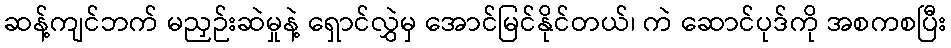
ဆန့်ကျင်ဘက် မညှဉ်းဆဲမှုနဲ့ ရှောင်လွှဲမှ အောင်မြင်နိုင်တယ်၊ ကဲ ဆောင်ပုဒ်ကို အစကစပြီး